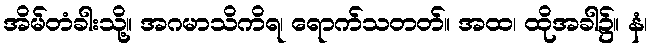
အိမ်တံခါးသို့။ အဂမာသိကိရ၊ ရောက်သတတ်။ အထ၊ ထိုအခါ၌။ နံ၊